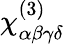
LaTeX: \chi_{\alpha\beta\gamma\delta}^{(3)}